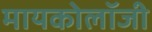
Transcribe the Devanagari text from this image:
मायकोलॉजी